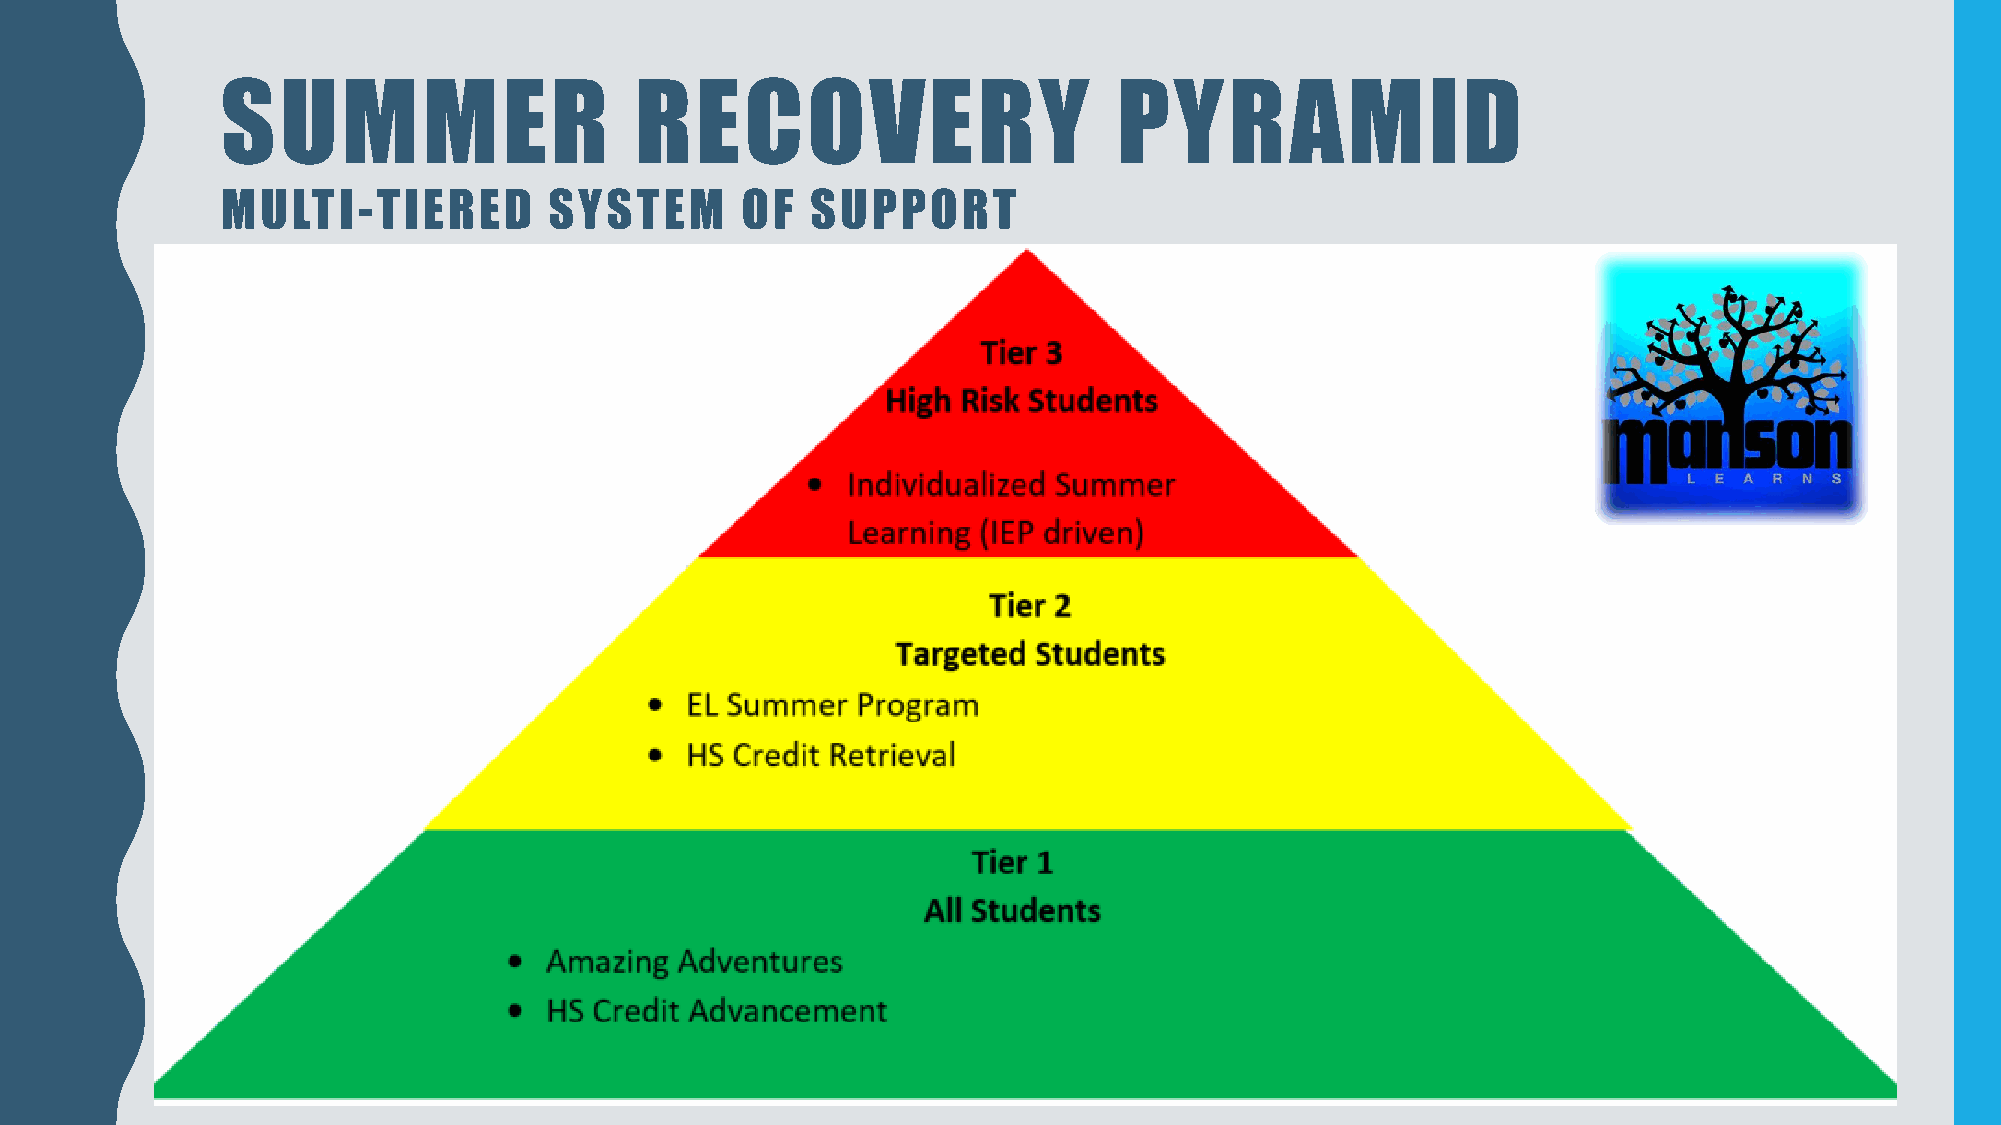
SUMMER                     RECOVERY                        PYRAMID
 MULTI-TIERED         SYSTEM       OF   SUPPORT